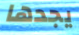
يجدها